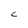
Character: C